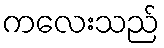
ကလေးသည်